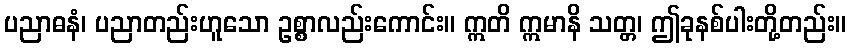
ပညာဓနံ၊ ပညာတည်းဟူသော ဥစ္စာလည်းကောင်း။ ဣတိ ဣမာနိ သတ္တ၊ ဤခုနစ်ပါးတို့တည်း။